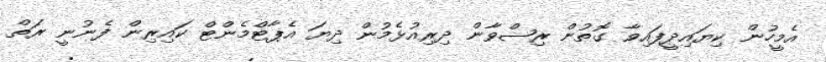
އެމީހުން ކިޔައިދީފައިވާ ގޮތުން ރިޟްވާން ދިރިއުޅެމުން ދިޔަ އެޕާޓްމެންޓް ކައިރިން ފެނުނީ ރަތް